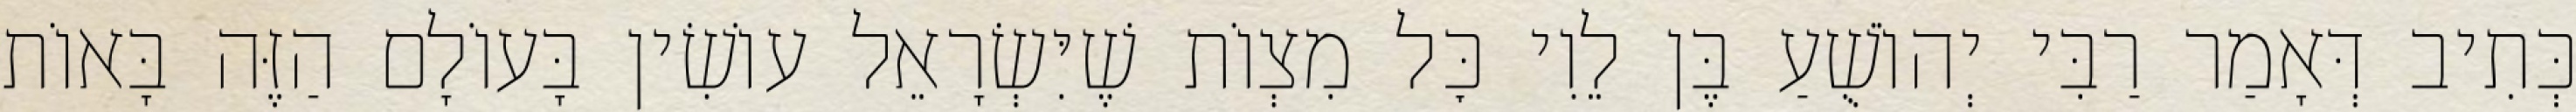
כְּתִיב דְּאָמַר רַבִּי יְהוֹשֻׁעַ בֶּן לֵוִי כׇּל מִצְוֹת שֶׁיִּשְׂרָאֵל עוֹשִׂין בָּעוֹלָם הַזֶּה בָּאוֹת